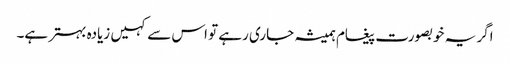
اگر یہ خوبصورت پیغام ہمیشہ جاری رہے تو اس سے کہیں زیادہ بہتر ہے۔